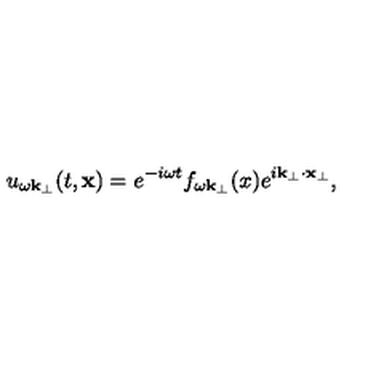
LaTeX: u _ { \omega \bf k _ { \perp } } ( t , { \bf x } ) = e ^ { - i \omega t } f _ { \omega { \bf k } _ { \perp } } ( x ) e ^ { i { \bf k } _ { \perp } \cdot { \bf x } _ { \perp } } ,